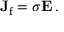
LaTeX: \mathbf { J } _ { \mathrm { f } } = \sigma \mathbf { E } \, .